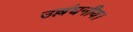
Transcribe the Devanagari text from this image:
उल्लंघनीय।